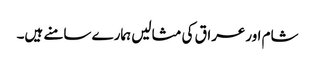
شام اورعراق کی مثالیں ہمارے سامنے ہیں۔